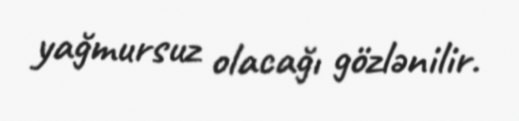
yağmursuz olacağı gözlənilir.